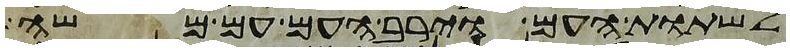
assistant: לשתות העם וירב העם עם משה